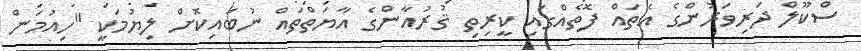
ސްކޫލް ދަރިވަރުންގެ އެތައް ފޮތެއްގައި ކީރިތި ޤުރުއާންގެ އާޔަތްތައް ނުބައިކޮށް ލިޔުމަކީ "ހިއުމަން